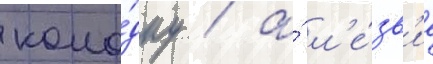
коло́дку / а́ л'е́зв'ие